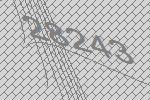
28243